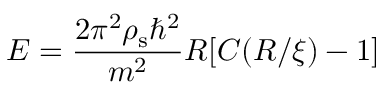
E = \frac { 2 \pi ^ { 2 } \rho _ { \mathrm { s } } \hbar ^ { 2 } } { m ^ { 2 } } R [ C ( R / \xi ) - 1 ]